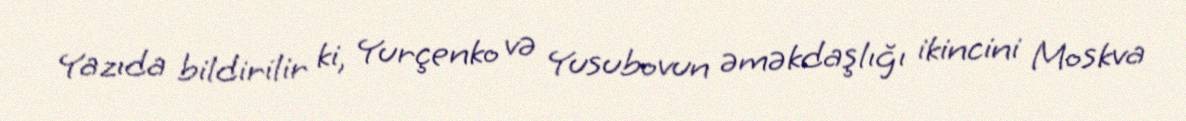
Yazıda bildirilir ki, Yurçenko və Yusubovun əməkdaşlığı ikincini Moskva